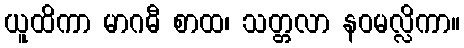
ယူထိကာ မာဂဓီ စာထ၊ သတ္တလာ နဝမလ္လိကာ။